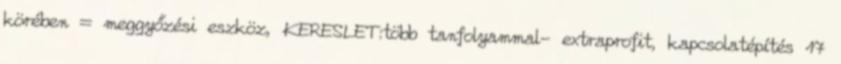
körében = meggyőzési eszköz, KERESLET:több tanfolyammal- extraprofit, kapcsolatépítés 17